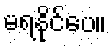
မရနိုင်ပေ။